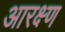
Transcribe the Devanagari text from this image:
आरक्ष्ण